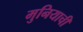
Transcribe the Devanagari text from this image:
मुनियाची